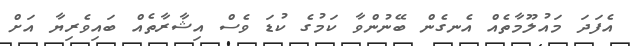
އެފަދަ މައުލޫމާތެއް އެނގެން ބޭނުންވާ ކަމުގެ ކުޑަ ވެސް އިޝާރާތެއް ބައިވެރިޔާ އަށް